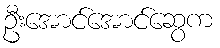
ဦးအောင်အောင်ဆွေက